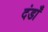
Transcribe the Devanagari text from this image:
दंडाँ